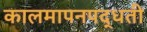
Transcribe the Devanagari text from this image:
कालमापनपद्धती